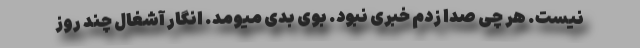
نیست. هر چی صدا زدم خبری نبود. بوی بدی میومد. انگار آشغال چند روز